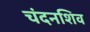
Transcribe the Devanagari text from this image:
चंदनशिव